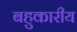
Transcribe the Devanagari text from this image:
बहुकारीय